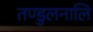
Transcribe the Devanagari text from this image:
तण्डुलनालि